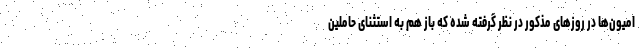
امیون‌ها در روزهای مذکور در نظر گرفته شده که باز هم به استثنای حاملین